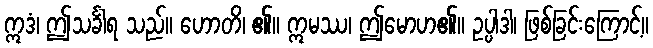
ဣဒံ၊ ဤသင်္ခါရ သည်။ ဟောတိ၊ ၏။ ဣမဿ၊ ဤမောဟ၏။ ဥပ္ပါဒါ၊ ဖြစ်ခြင်းကြောင့်။